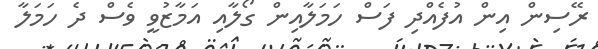
ރޭސިން އިން އުފެއްދި ފަސް ހަމަލާއިން ގޯލާއި އަމާޒުވީ ވެސް ދެ ހަމަލާ